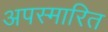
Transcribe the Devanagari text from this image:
अपस्मारित